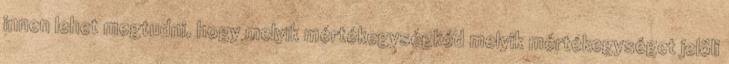
innen lehet megtudni, hogy melyik mértékegységkód melyik mértékegységet jelöli